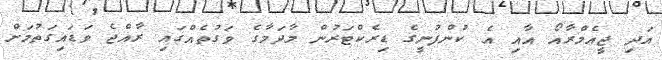
އަދި ޖީއެމްރާއޯ އާއި އެ ކުންފުނީގެ ޑިރެކްޓަރުން މާދަމާގެ ވަގުތެއްގައި ރާއްޖެ ވަޑައިގަތުމަށް